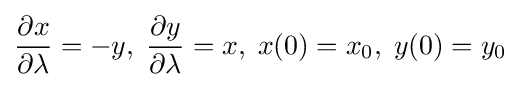
{\frac {\partial x}{\partial \lambda }}=-y,\;{\frac {\partial y}{\partial \lambda }}=x,\;x(0)=x_{0},\;y(0)=y_{0}